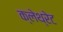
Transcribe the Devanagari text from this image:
क्लेथ्‍रेट